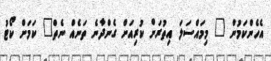
އެހެންކަމުން " މިމައްސަލަ އިތުރަށް ކުރިއަށް ގެންދާނެ ތަނެއް ނެތް" ކަމަށް ކޯޓު